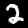
Digit: 2